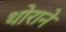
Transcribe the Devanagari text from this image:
थोराने